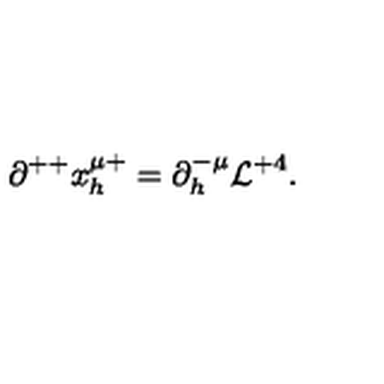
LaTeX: \partial ^ { + + } x _ { h } ^ { \mu + } = \partial _ { h } ^ { - \mu } { \cal L } ^ { + 4 } .